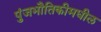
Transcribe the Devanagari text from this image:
पुंजभौतिकीमधील